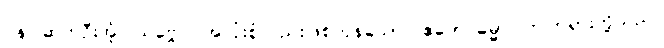
ပန၊ ဆက်ဦးအံ့။ သဗ္ဗေပိ၊ အလုံးစုံလည်းဖြစ်ကုန်သော။ ဧတေ ဓမ္မာ၊ ဤတရားတို့သည်။